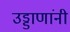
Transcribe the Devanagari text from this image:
उड्डाणांनी